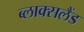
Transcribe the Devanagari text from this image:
ब्लाक्सलैंड